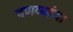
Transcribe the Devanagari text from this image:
वणव्यांचा